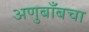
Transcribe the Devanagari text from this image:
अणुबाँबचा